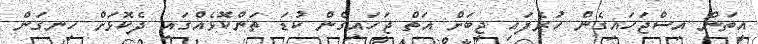
އީތަން އިސްޖަހައިގެން ހުރެފައި ޖީބަށް އަތް ޖަހައިގެން ކުޑަ ތަންކޮޅެއްގައި ދެކޮޅަށް ހިނގަން